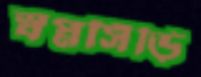
স্বপ্নসিঁড়ি